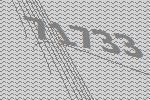
71733